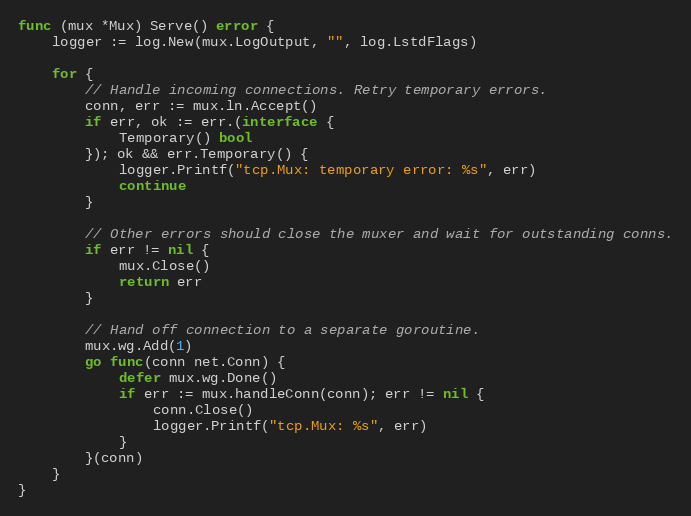
Language: Go
func (mux *Mux) Serve() error {
	logger := log.New(mux.LogOutput, "", log.LstdFlags)

	for {
		// Handle incoming connections. Retry temporary errors.
		conn, err := mux.ln.Accept()
		if err, ok := err.(interface {
			Temporary() bool
		}); ok && err.Temporary() {
			logger.Printf("tcp.Mux: temporary error: %s", err)
			continue
		}

		// Other errors should close the muxer and wait for outstanding conns.
		if err != nil {
			mux.Close()
			return err
		}

		// Hand off connection to a separate goroutine.
		mux.wg.Add(1)
		go func(conn net.Conn) {
			defer mux.wg.Done()
			if err := mux.handleConn(conn); err != nil {
				conn.Close()
				logger.Printf("tcp.Mux: %s", err)
			}
		}(conn)
	}
}